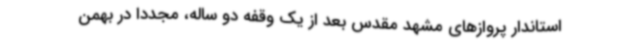
استاندار پروازهای مشهد مقدس بعد از یک وقفه دو ساله، مجدداً در بهمن